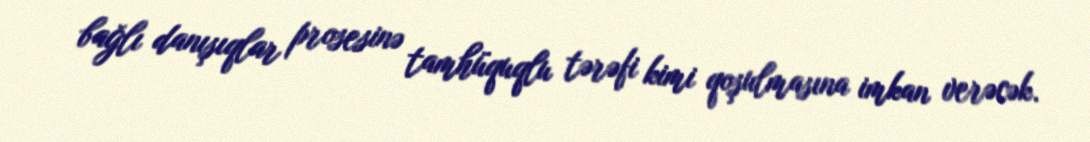
bağlı danışıqlar prosesinə tamhüquqlu tərəfi kimi qoşulmasına imkan verəcək.